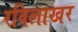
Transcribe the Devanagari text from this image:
रविलाखर